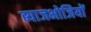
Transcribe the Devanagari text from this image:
ब्याजभोजियों